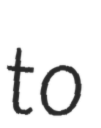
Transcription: to